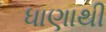
ધાણાથી